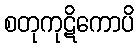
စတုကုဋိကောပိ